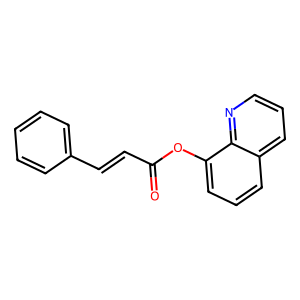
SMILES: O=C(C=Cc1ccccc1)Oc1cccc2cccnc12
Inhibits HIV replication: No